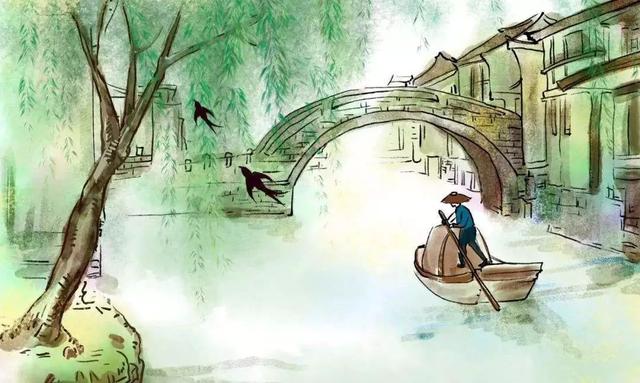
洛阳城里春光好，洛阳才子他乡老。